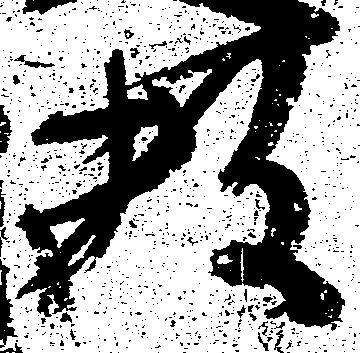
数